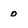
Character: 0